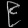
Digit: ၉